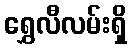
ရွှေလီလမ်းရှိ